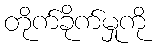
တိုက်ခိုက်မှုကို